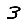
Digit: 3